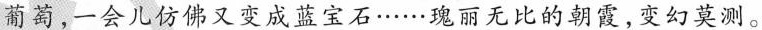
葡萄，一会儿仿佛又变成蓝宝石……瑰丽无比的朝霞，变幻莫测。